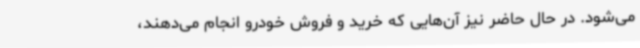
می‌شود. در حال حاضر نیز آن‌هایی که خرید و فروش خودرو انجام می‌دهند،